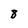
Character: 8